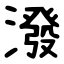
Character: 潑